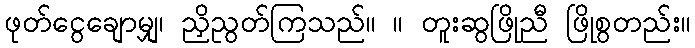
ဖုတ်ငွေချောမျှ၊ ညှိညွတ်ကြသည်။ ။ တူးဆွဖြိုညီ ဖြိုစွတည်း။